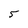
Character: 5